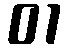
01